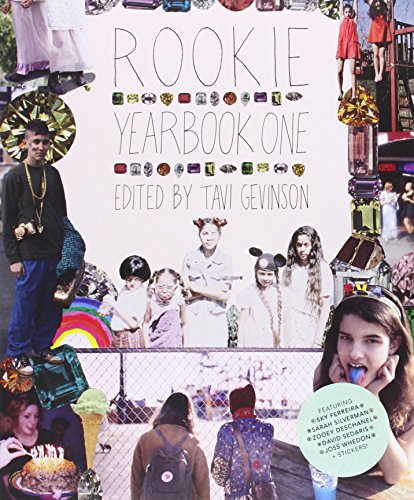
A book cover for Rookie Yearbook One; Tavi Gevinson; Teen & Young Adult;